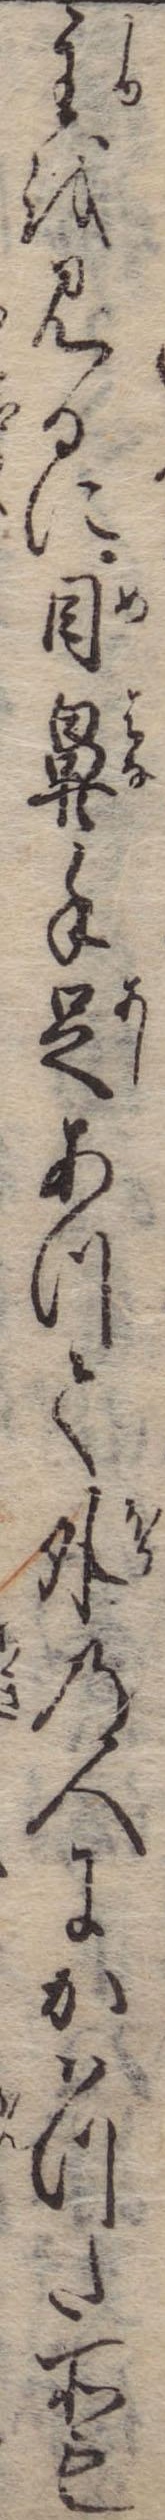
主を見るに目鼻手足あつて外の人にかはつた所も